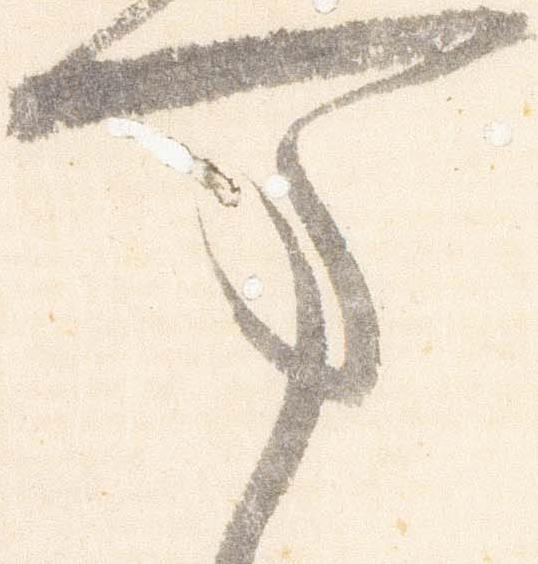
万